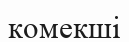
комекші